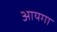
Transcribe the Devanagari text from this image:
आयगा